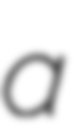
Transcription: a